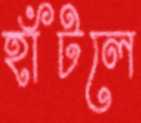
হাঁটলে